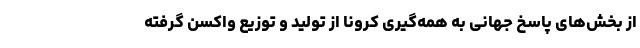
از بخش‌های پاسخ جهانی به همه‌گیری کرونا از تولید و توزیع واکسن گرفته